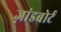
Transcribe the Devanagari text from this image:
ज़ांडबोर्ट